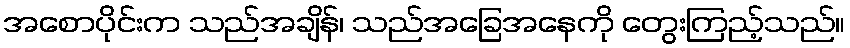
အစောပိုင်းက သည်အချိန်၊ သည်အခြေအနေကို တွေးကြည့်သည်။